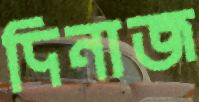
দিনাজ